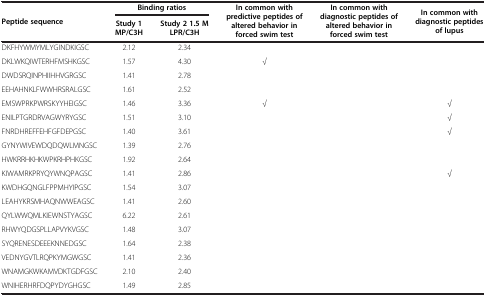
<table><thead><tr><td rowspan="2"><b>Peptide sequence</b></td><td colspan="2"><b>Binding ratios</b></td><td rowspan="2"><b>In common with predictive peptides of altered behavior in forced swim test</b></td><td rowspan="2"><b>In common with diagnostic peptides of altered behavior in forced swim test</b></td><td rowspan="2"><b>In common with diagnostic peptides of lupus</b></td></tr><tr><td><b>Study 1 MP/C3H</b></td><td><b>Study 2 1.5 M LPR/C3H</b></td></tr></thead><tbody><tr><td>DKFHYWMYMLYGINDKIGSC</td><td>2.12</td><td>2.34</td><td> </td><td> </td><td> </td></tr><tr><td>DKLWKQIWTERHFMSHKGSC</td><td>1.57</td><td>4.30</td><td>√</td><td> </td><td> </td></tr><tr><td>DWDSRQINPHIIHHVGRGSC</td><td>1.41</td><td>2.78</td><td> </td><td> </td><td> </td></tr><tr><td>EEHAHNKLFWWHRSRALGSC</td><td>1.61</td><td>2.52</td><td> </td><td> </td><td> </td></tr><tr><td>EMSWPRKPWRSKYYHEIGSC</td><td>1.46</td><td>3.36</td><td>√</td><td> </td><td>√</td></tr><tr><td>ENILPTGRDRVAGWYRYGSC</td><td>1.51</td><td>3.10</td><td> </td><td> </td><td>√</td></tr><tr><td>FNRDHREFFEHFGFDEPGSC</td><td>1.40</td><td>3.61</td><td> </td><td> </td><td>√</td></tr><tr><td>GYNYWIVEWDQDQWLMNGSC</td><td>1.39</td><td>2.76</td><td> </td><td> </td><td> </td></tr><tr><td>HWKRRHKHKWPKRHPHKGSC</td><td>1.92</td><td>2.64</td><td> </td><td> </td><td> </td></tr><tr><td>KIWAMRKPRYQYWNQPAGSC</td><td>1.41</td><td>2.86</td><td> </td><td> </td><td>√</td></tr><tr><td>KWDHGQNGLFPPMHYIPGSC</td><td>1.54</td><td>3.07</td><td> </td><td> </td><td> </td></tr><tr><td>LEAHYKRSMHAQNWWEAGSC</td><td>1.41</td><td>2.60</td><td> </td><td> </td><td> </td></tr><tr><td>QYLWWQMLKIEWNSTYAGSC</td><td>6.22</td><td>2.61</td><td> </td><td> </td><td> </td></tr><tr><td>RHWYQDGSPLLAPVYKVGSC</td><td>1.48</td><td>3.07</td><td> </td><td> </td><td> </td></tr><tr><td>SYQRENESDEEEKNNEDGSC</td><td>1.64</td><td>2.38</td><td> </td><td> </td><td> </td></tr><tr><td>VEDNYGVTLRQPKYMGWGSC</td><td>1.41</td><td>2.36</td><td> </td><td> </td><td> </td></tr><tr><td>WNAMGKWKAMVDKTGDFGSC</td><td>2.10</td><td>2.40</td><td> </td><td> </td><td> </td></tr><tr><td>WNIHERHRFDQPYDYGHGSC</td><td>1.49</td><td>2.85</td><td> </td><td> </td><td> </td></tr></tbody></table>